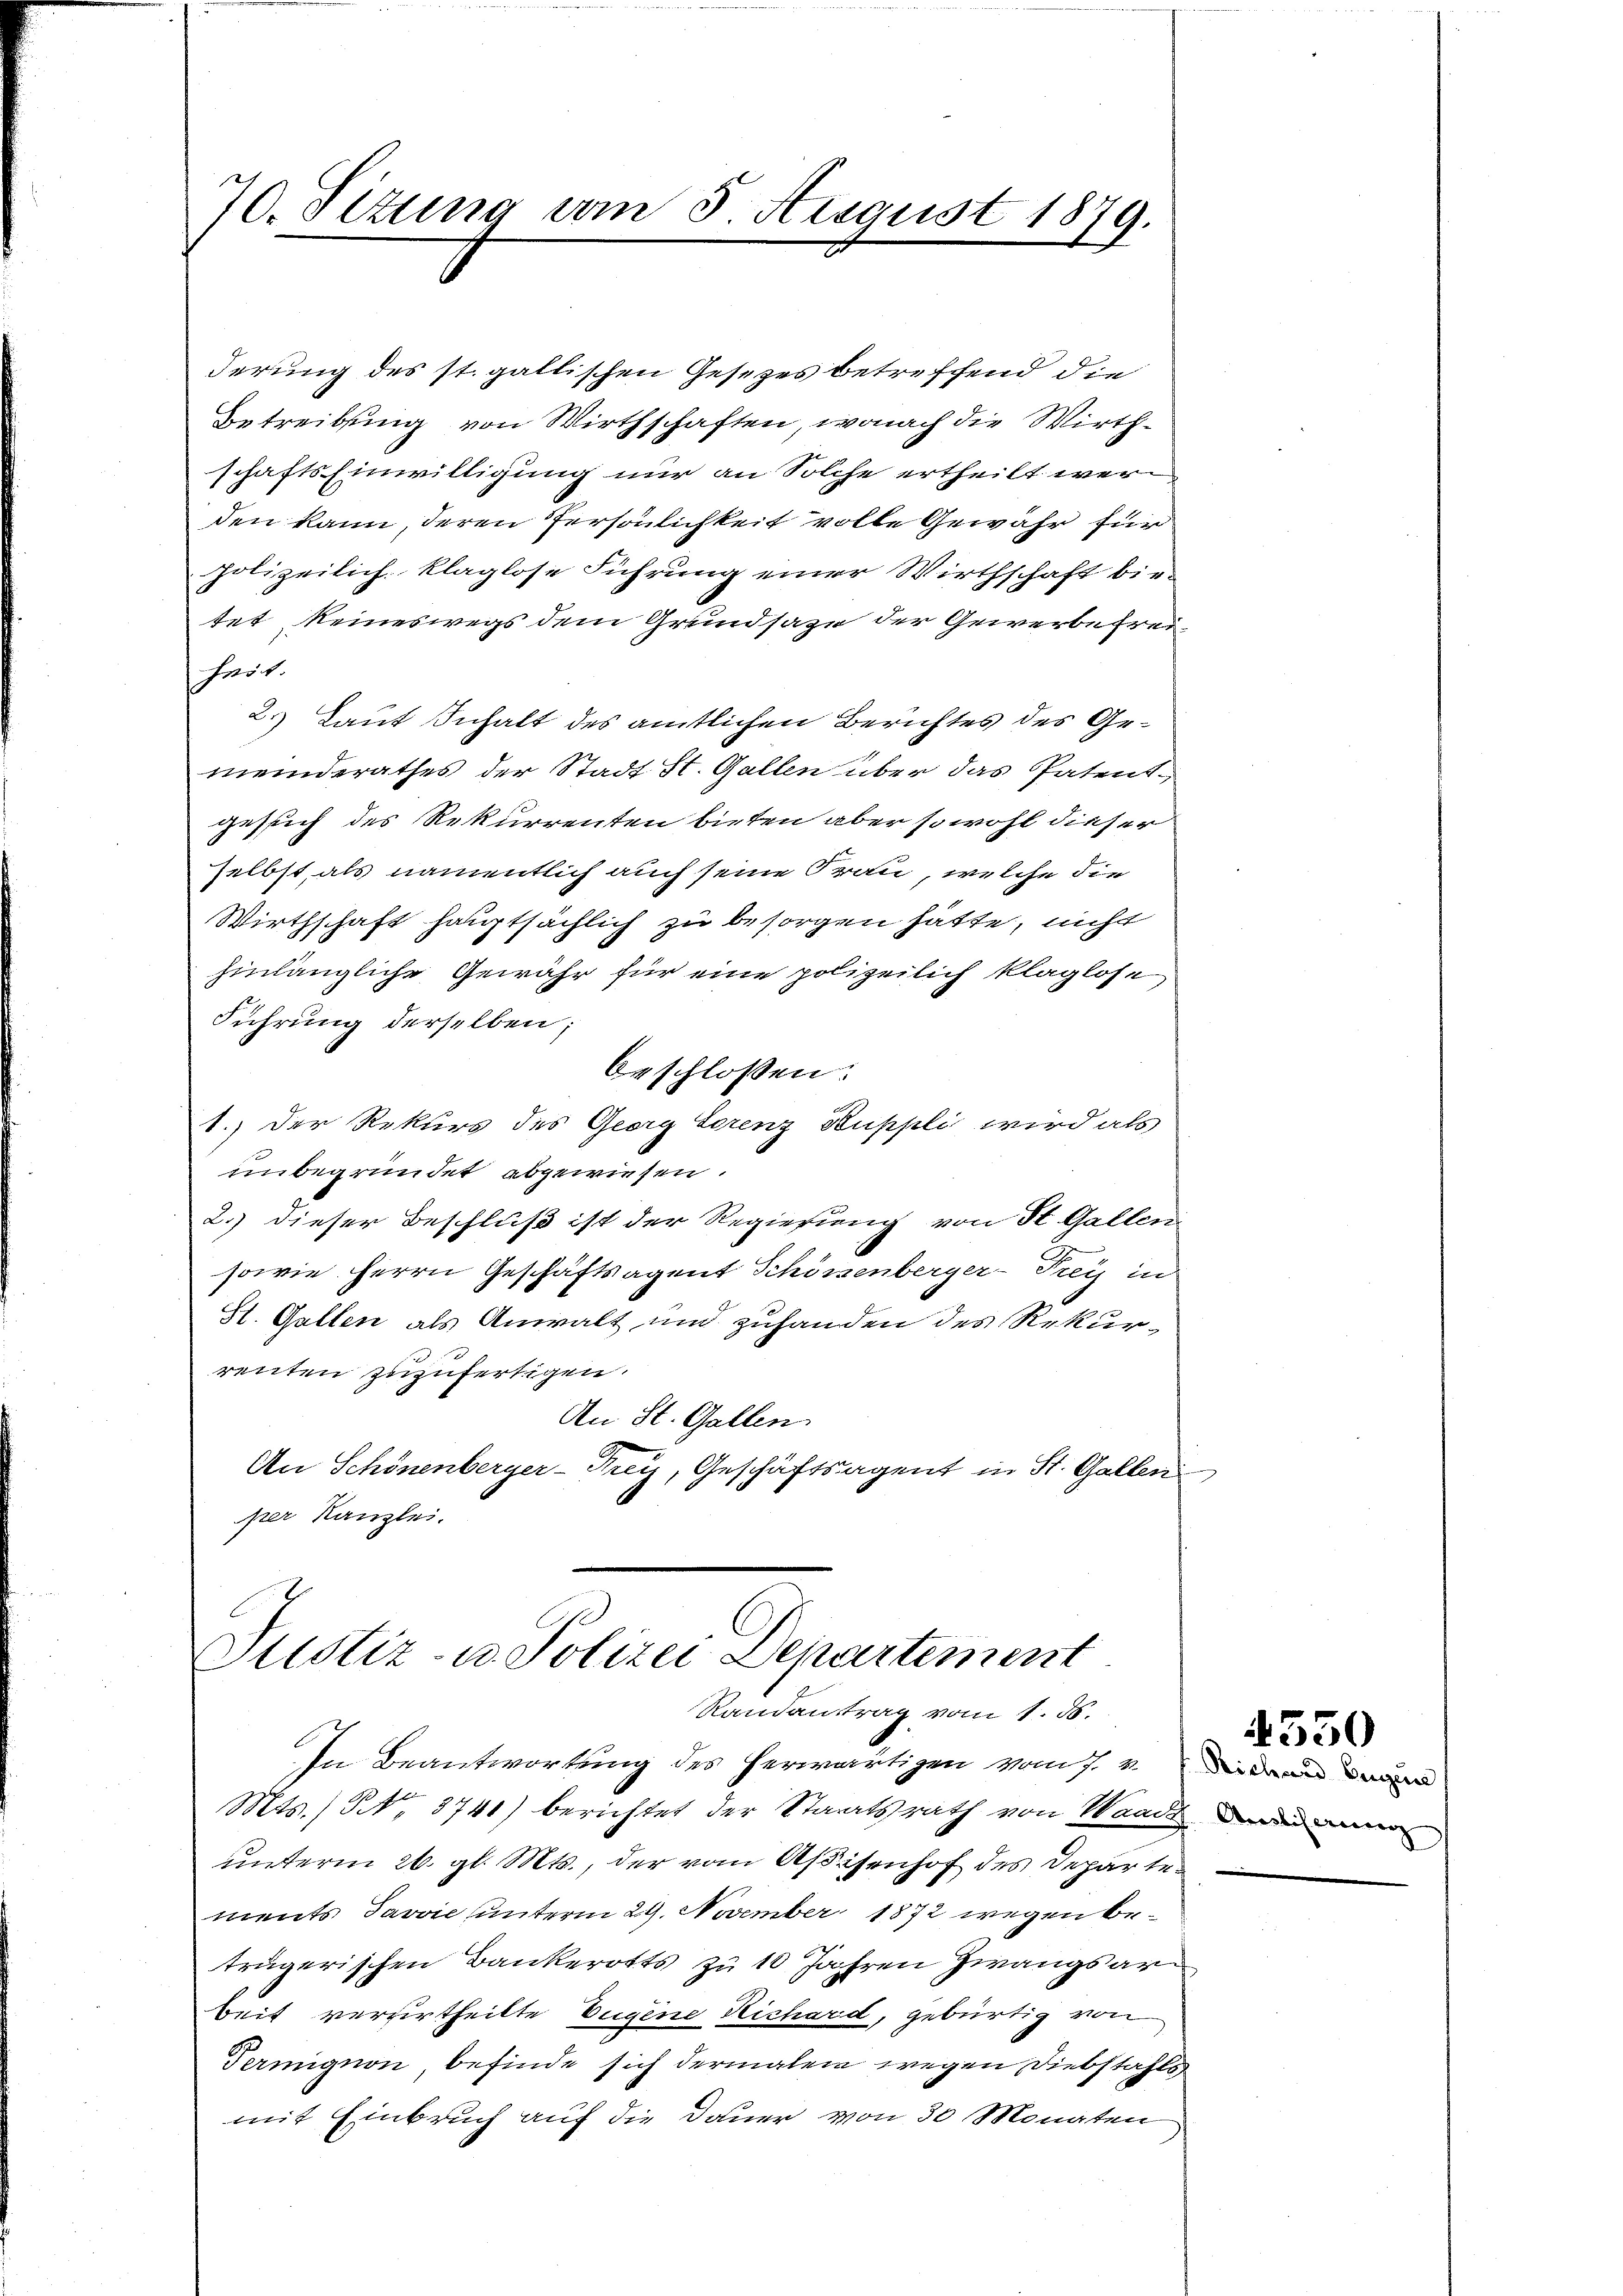
70. Sizung am 5. August 1879.

derung des st. gallischen Gesetzes betreffend die
Betreibung von Wirthschaften, wonach die Wirthschafts Einwilligung nur an Solche ertheilt werden kann, deren Persönlichkeit volle Gewähr für
polizeilich klaglose Führung einer Wirthschaft bietet keineswegs dem Grundsatze der Gewerbefrei
heit.
2.) Laut Inhalt des amtlichen Berichtes des Gemeinderathes der Stadt St. Gallen über das Patentgesich des Rekurrenten bieten aber sowohl dieser
selbst, als namentlich auch seine Frau, welche die
Wirthschaft hauptsächlich zu besorgen hätte, nicht
hinlängliche Gewähr für eine polizeilich klaglose,
Führung derselben;
beschlossen:
1.) Der Rekurs des Georg Lorenz Kuppli wird als
unbegründet abgewiesen.
2.) dieser Beschluß ist der Regierung von St. Gallen
sowie Herrn Geschäftsagent Schönenberger-Trey in
St. Gallen als Anwalt und zuhanden des Rekurrenten zuzufertigen.
An St. Gallen.
An Schönenberger-Krey, Geschäftsagent in St. Gallen
per Kanzlei.

Justiz- u. Polizei Departement
Randantrag vom 1. 55.

In Beantwortung des herwärtigen vom 7. v.
Mts. / NNo. 3741) berichtet der Staatsrath von Waadt dann er
unterm 26. gl. Mts., der vom Aßisenhof des Departen
ments Javvie unterm 29. November 1872 wegen beträgerischen Bankerotts zu 10 Jahren Zwangsarbeit verurtheilte Eugene Richard, gebürtig von
Termignon befinde sich dermalen wegen Diebstahlsmit Einbruch auf die Dauer von 30 Monaten

4550